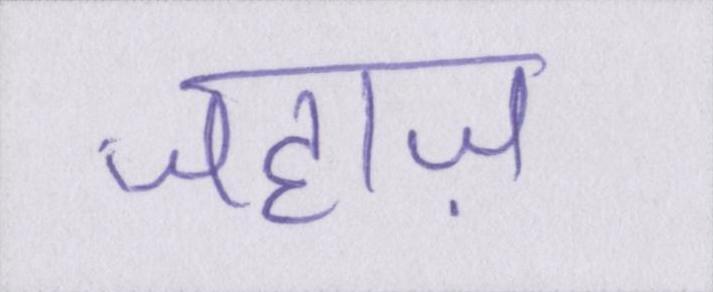
जहाज़